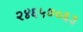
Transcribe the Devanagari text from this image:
२४६५७०६३